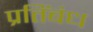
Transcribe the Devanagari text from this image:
प्रतिंबंध